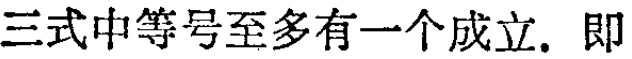
三式中等号至多有一个成立. 即